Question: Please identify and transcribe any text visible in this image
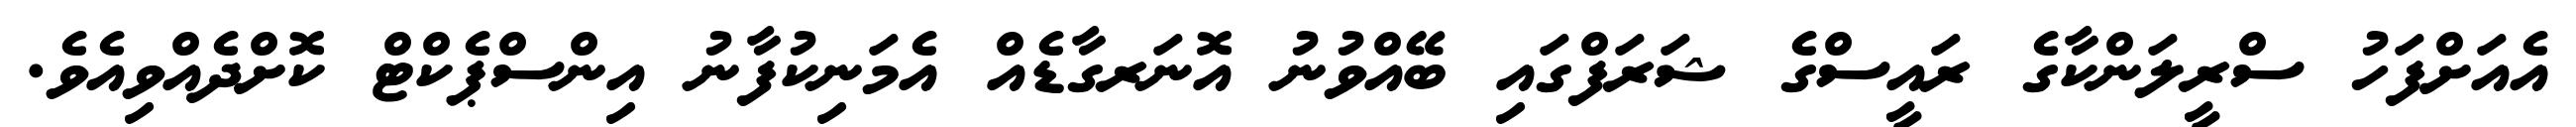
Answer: އެއަށްފަހު ސްރީލަންކާގެ ރައީސްގެ ޝަރަފްގައި ބޭއްވުނު އޮނަރގާޑެއް އެމަނިކުފާނު އިންސްޕެކްޓް ކޮށްދެއްވިއެވެ.